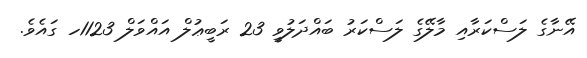
އޭނާގެ ލަސްކަރާއި މާލޭގެ ލަސްކަރު ބައްދަލުވީ 23 ރަބީޢުލް އައްވަލް 1123ހ ގައެވެ.